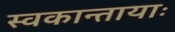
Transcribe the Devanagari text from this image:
स्वकान्तायाः